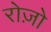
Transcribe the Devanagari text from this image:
रोज़ो